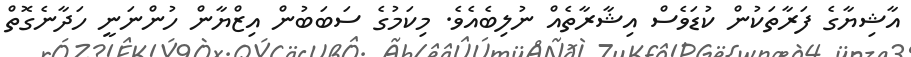
އާޝިޔާގެ ފަރާތަކުން ކުޑަވެސް އިޝާރާތެއް ނުލިބެއެވެ. މިކަމުގެ ސަބަބުން އިޒްޔާން ހުންނަނީ ހަދާނެގޮތް